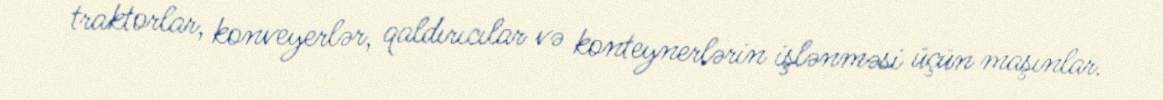
traktorlar, konveyerlər, qaldırıcılar və konteynerlərin işlənməsi üçün maşınlar.